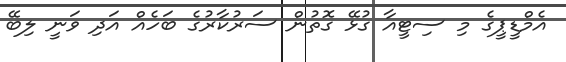
އެމްޑީޕީގެ މި ސިޓީއާ ގުޅޭ ގޮތުން ސަރުކާރުގެ ބަހެއް އަދި ވަނީ ލިބޭ